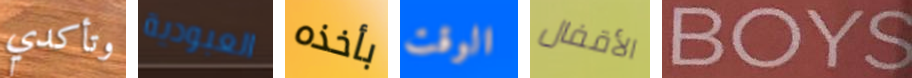
وتأكدي العبودية بأخذه الوقت الأقفال BOYS